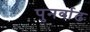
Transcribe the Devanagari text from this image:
पुनर्वाढ